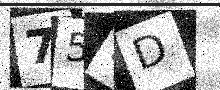
Text: 75ND